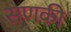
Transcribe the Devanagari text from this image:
सणकी